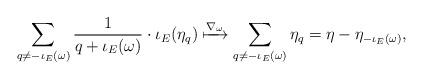
LaTeX: \begin{align*} \sum_{q \neq - \iota_{E}(\omega)} \frac{1}{q+\iota_{E}(\omega)} \cdot \iota_{E}(\eta_{q}) \xmapsto{\nabla_{\omega}} \sum_{q \neq - \iota_{E}(\omega)} \eta_{q} = \eta - \eta_{-\iota_{E}(\omega)},\end{align*}